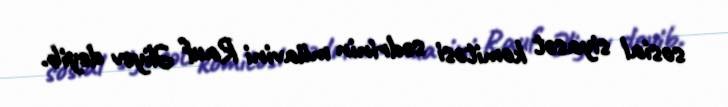
sosial siyasət komitəsi sədrinin müavini Rauf Əliyev deyib.